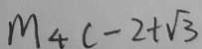
m _ { 4 } ( - 2 + \sqrt { 3 }